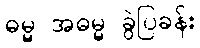
ဓမ္မ အဓမ္မ ခွဲပြခန်း